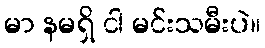
မာ နမရှိ ငါ မင်းသမီးပဲ။